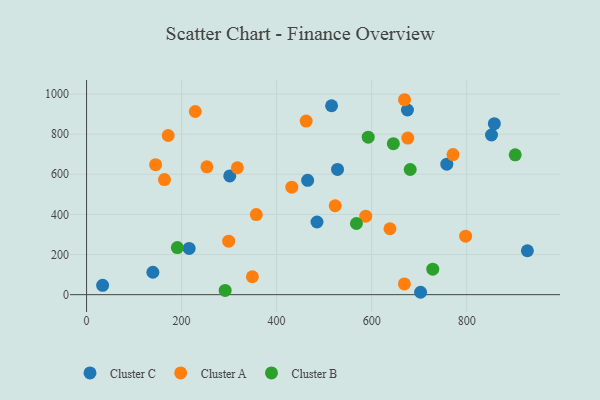
{"axis": {"x": "Price", "y": "Exam Score"}, "legend": ["Cluster A", "Cluster B", "Cluster C"], "data": [{"x": "515.7", "y": 941.7, "type": "Cluster C"}, {"x": "301.4", "y": 592.0, "type": "Cluster C"}, {"x": "927.8", "y": 218.8, "type": "Cluster C"}, {"x": "485.0", "y": 362.1, "type": "Cluster C"}, {"x": "675.4", "y": 920.4, "type": "Cluster C"}, {"x": "33.8", "y": 46.3, "type": "Cluster C"}, {"x": "703.0", "y": 11.9, "type": "Cluster C"}, {"x": "215.9", "y": 230.7, "type": "Cluster C"}, {"x": "852.3", "y": 795.8, "type": "Cluster C"}, {"x": "758.2", "y": 650.6, "type": "Cluster C"}, {"x": "528.2", "y": 624.4, "type": "Cluster C"}, {"x": "465.3", "y": 569.7, "type": "Cluster C"}, {"x": "858.3", "y": 852.2, "type": "Cluster C"}, {"x": "139.6", "y": 111.6, "type": "Cluster C"}, {"x": "163.9", "y": 573.6, "type": "Cluster A"}, {"x": "299.1", "y": 266.5, "type": "Cluster A"}, {"x": "587.6", "y": 391.4, "type": "Cluster A"}, {"x": "357.3", "y": 399.0, "type": "Cluster A"}, {"x": "253.3", "y": 637.2, "type": "Cluster A"}, {"x": "432.0", "y": 536.0, "type": "Cluster A"}, {"x": "523.3", "y": 443.1, "type": "Cluster A"}, {"x": "638.5", "y": 328.6, "type": "Cluster A"}, {"x": "171.8", "y": 793.3, "type": "Cluster A"}, {"x": "317.4", "y": 632.7, "type": "Cluster A"}, {"x": "349.0", "y": 89.4, "type": "Cluster A"}, {"x": "228.8", "y": 913.1, "type": "Cluster A"}, {"x": "771.3", "y": 698.4, "type": "Cluster A"}, {"x": "669.2", "y": 971.7, "type": "Cluster A"}, {"x": "797.8", "y": 291.5, "type": "Cluster A"}, {"x": "668.9", "y": 53.4, "type": "Cluster A"}, {"x": "145.3", "y": 648.0, "type": "Cluster A"}, {"x": "676.1", "y": 780.7, "type": "Cluster A"}, {"x": "462.2", "y": 865.1, "type": "Cluster A"}, {"x": "645.7", "y": 752.5, "type": "Cluster B"}, {"x": "592.8", "y": 785.0, "type": "Cluster B"}, {"x": "568.0", "y": 354.6, "type": "Cluster B"}, {"x": "681.2", "y": 624.0, "type": "Cluster B"}, {"x": "191.1", "y": 234.6, "type": "Cluster B"}, {"x": "902.2", "y": 697.0, "type": "Cluster B"}, {"x": "291.7", "y": 21.3, "type": "Cluster B"}, {"x": "728.7", "y": 126.8, "type": "Cluster B"}]}